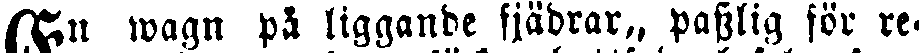
En wagn på liggande fjädrar, passlig för re-